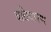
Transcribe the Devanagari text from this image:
बतिधारण